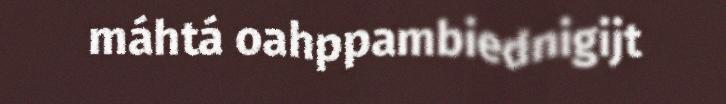
máhtá oahppambiednigijt